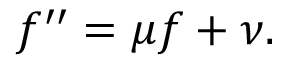
f ^ { \prime \prime } = \mu f + \nu .